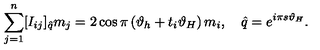
\sum _ { j = 1 } ^ { n } [ I _ { i j } ] _ { \hat { q } } m _ { j } = 2 \cos \pi \left( \vartheta _ { h } + t _ { i } \vartheta _ { H } \right) m _ { i } , \quad \hat { q } = e ^ { i \pi s \vartheta _ { H } } .